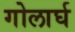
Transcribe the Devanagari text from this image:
गोलार्घ